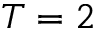
T = 2